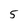
Character: 5